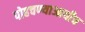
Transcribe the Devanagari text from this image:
पोहचण्याआधीच